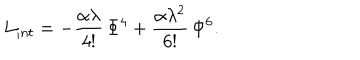
L _ { i n t } = - \frac { \alpha \lambda } { 4 ! } \, \Phi ^ { 4 } + \frac { \alpha \lambda ^ { 2 } } { 6 ! } \, \Phi ^ { 6 } .